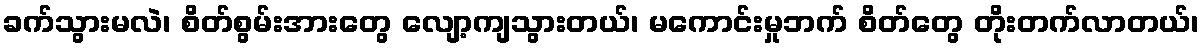
ခက်သွားမလဲ၊ စိတ်စွမ်းအားတွေ လျော့ကျသွားတယ်၊ မကောင်းမှုဘက် စိတ်တွေ တိုးတက်လာတယ်၊